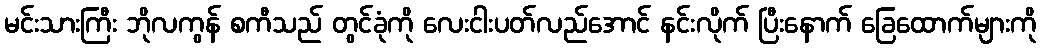
မင်းသားကြီး ဘိုလကွန် စကီသည် တွင်ခုံကို လေးငါးပတ်လည်အောင် နင်းလိုက် ပြီးနောက် ခြေထောက်များကို